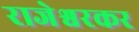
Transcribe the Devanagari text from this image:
राजेश्वरकर